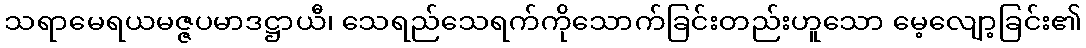
သရာမေရယမဇ္ဇပမာဒဋ္ဌာယီ၊ သေရည်သေရက်ကိုသောက်ခြင်းတည်းဟူသော မေ့လျော့ခြင်း၏